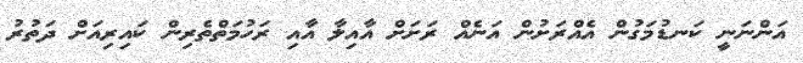
އަންނަނީ ކަނޑުމަގުން އެއްރަށުން އަނެއް ރަށަށް އާއިލާ އާއި ރަހުމަތްތެރިން ކައިރިއަށް ދަތުރު